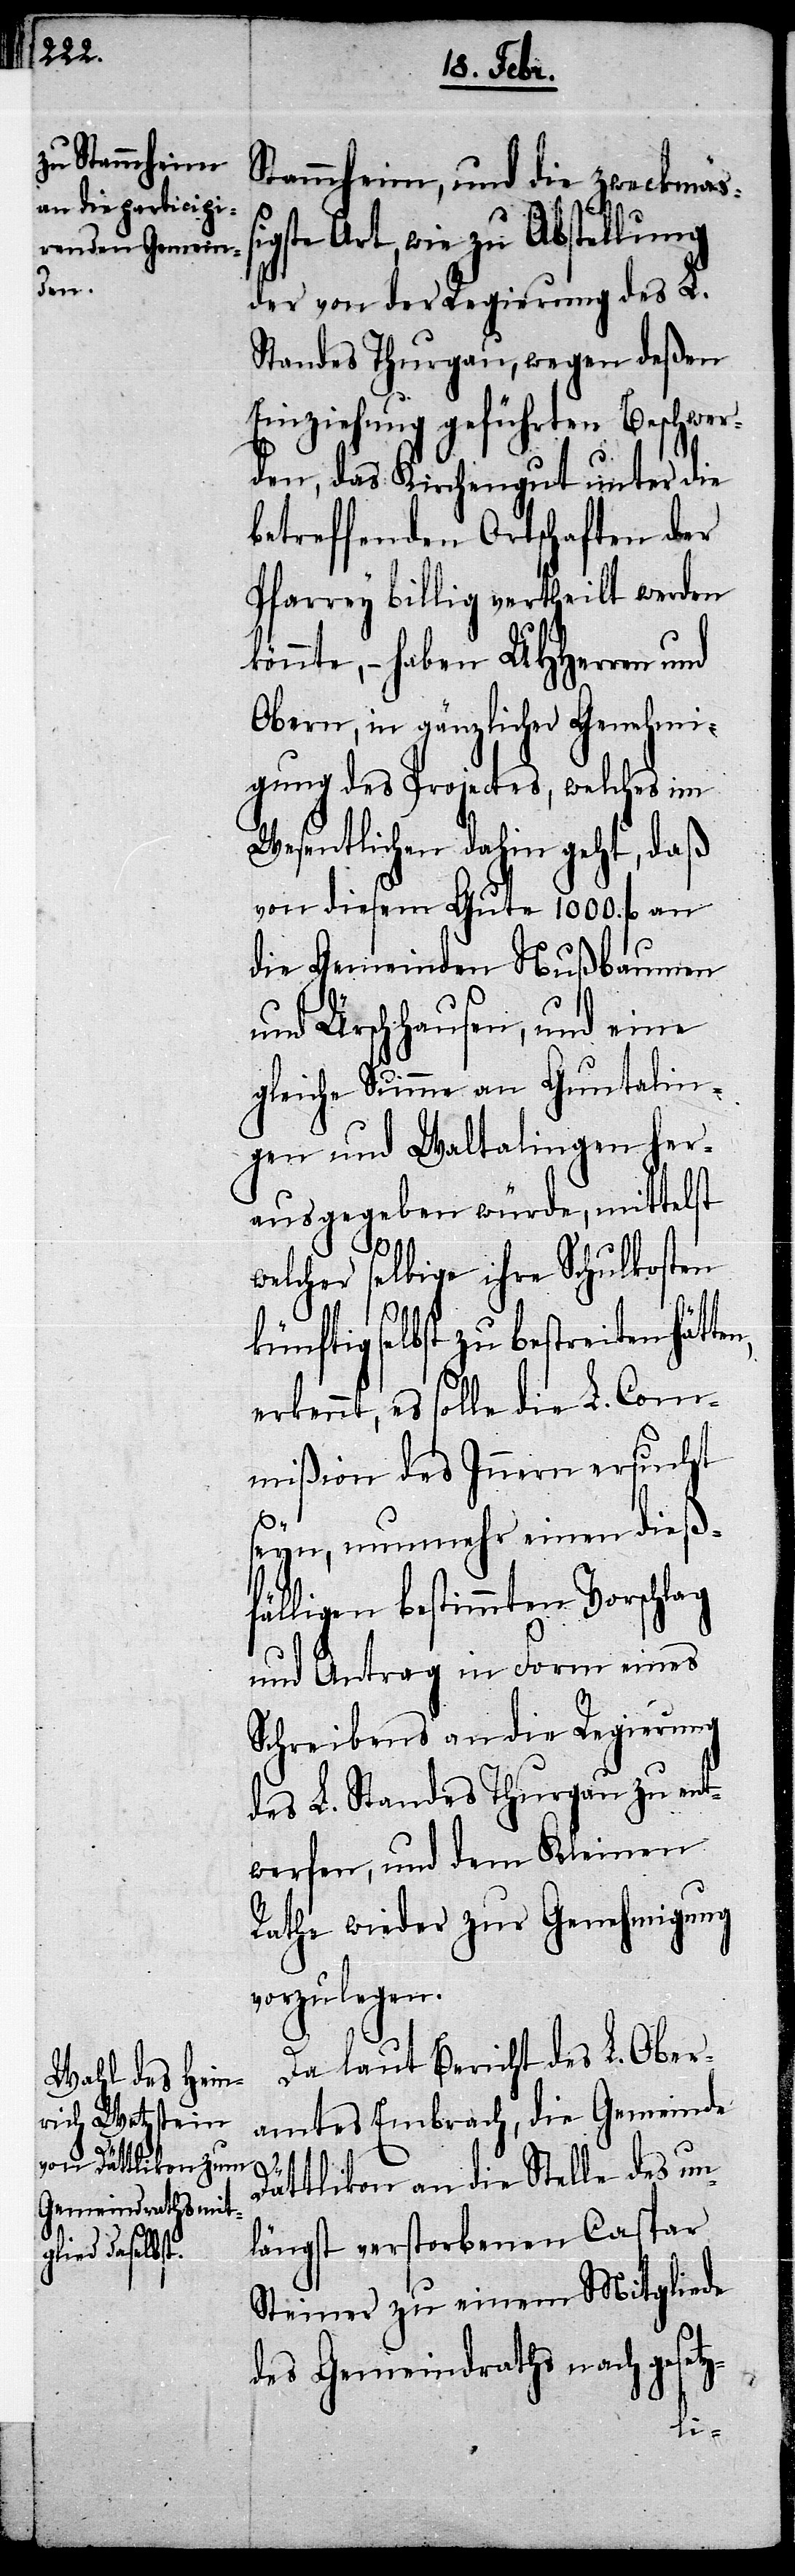
Stammheim, und die zweckmäßig¬
ste Art, wie zu Abstellung
der von der Regierung des L.
Standes Thurgau, wegen deßen
Einziehung geführten Beschwer¬
den, das Kirchengut unter die
betreffenden Ortschaften der
Pfarrey billig vertheilt werden
könnte, – haben UHHerren und
Obern, in gänzlicher Genehmi¬
gung des Projectes, welches im
Wesentlichen dahin geht, daß
von diesem Gute 1000. fl.
die Gemeinden Nußbaumen
und Ürschhausen, und eine
gleiche Summe an Guntalin¬
gen und Waltalingen her¬
ausgegeben würde, mittelst
ag
welcher selbige ihre Schulkosten
künftig selbst zu bestreiten
erkennt, es solle die L. Com¬
mißion des Innern ersucht
seyn, nunmehr einen dieß¬
fälligen bestimmten Vorschl¬
und Antrag in Form eines
Schreibens an die Regierung
des L. Standes Thurgau zu ent¬
werfen, und dem Kleinen
Rathe wieder zur Genehmigung
vorzulegen.
Da laut Bericht des L. Ober¬
amtes Embrach, die Gemeinde
Dättlikon an die Stelle des un¬
längst verstorbenen Caspar
Steiner zu einem Mitgliede
des Gemeindraths nach gese¬
tz-